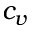
c _ { v }